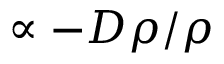
\propto - D \rho / \rho